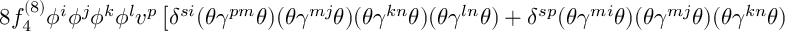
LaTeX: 8 f _ { 4 } ^ { ( 8 ) } \phi ^ { i } \phi ^ { j } \phi ^ { k } \phi ^ { l } v ^ { p } \left[ \delta ^ { s i } ( \theta \gamma ^ { p m } \theta ) ( \theta \gamma ^ { m j } \theta ) ( \theta \gamma ^ { k n } \theta ) ( \theta \gamma ^ { l n } \theta ) + \delta ^ { s p } ( \theta \gamma ^ { m i } \theta ) ( \theta \gamma ^ { m j } \theta ) ( \theta \gamma ^ { k n } \theta ) ( \theta \gamma ^ { l n } \theta ) \right] ~ ,